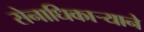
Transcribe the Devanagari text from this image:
सेनाधिकार्‍याने